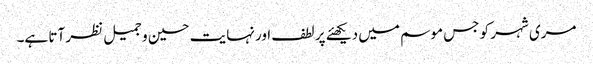
مری شہر کو جس موسم میں دیکھئے پر لطف اور نہایت حسین و جمیل نظر آتا ہے۔